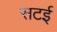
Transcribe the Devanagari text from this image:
सटई